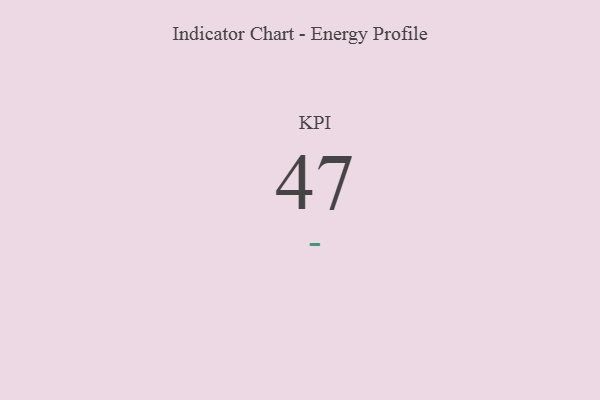
{"axis": {"x": "KPI", "y": "Value"}, "legend": [""], "data": [{"x": "KPI", "y": 47, "type": ""}]}